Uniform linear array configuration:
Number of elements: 16
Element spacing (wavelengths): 0.5
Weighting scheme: kaiser
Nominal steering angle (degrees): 15
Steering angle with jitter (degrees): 14.913
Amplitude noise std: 0.05
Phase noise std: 0.05

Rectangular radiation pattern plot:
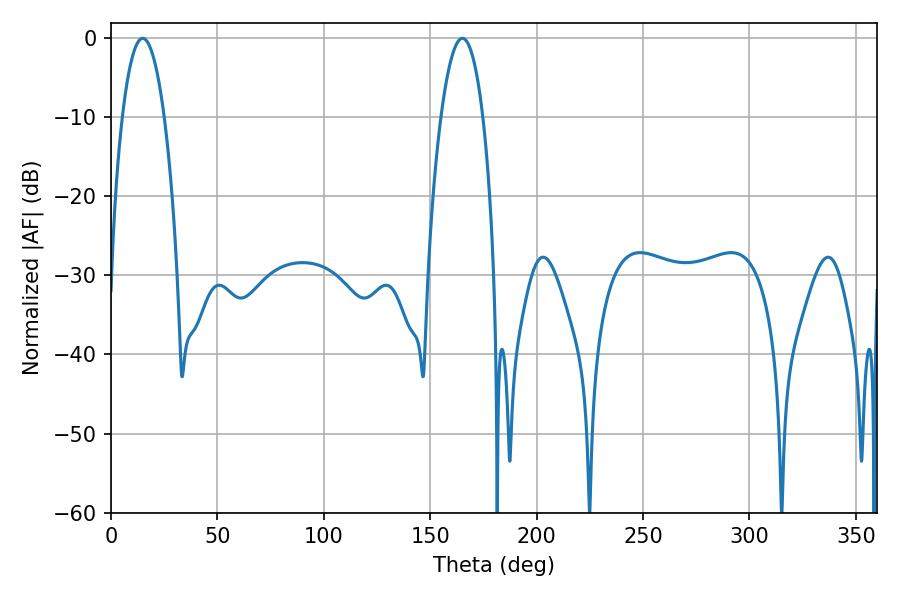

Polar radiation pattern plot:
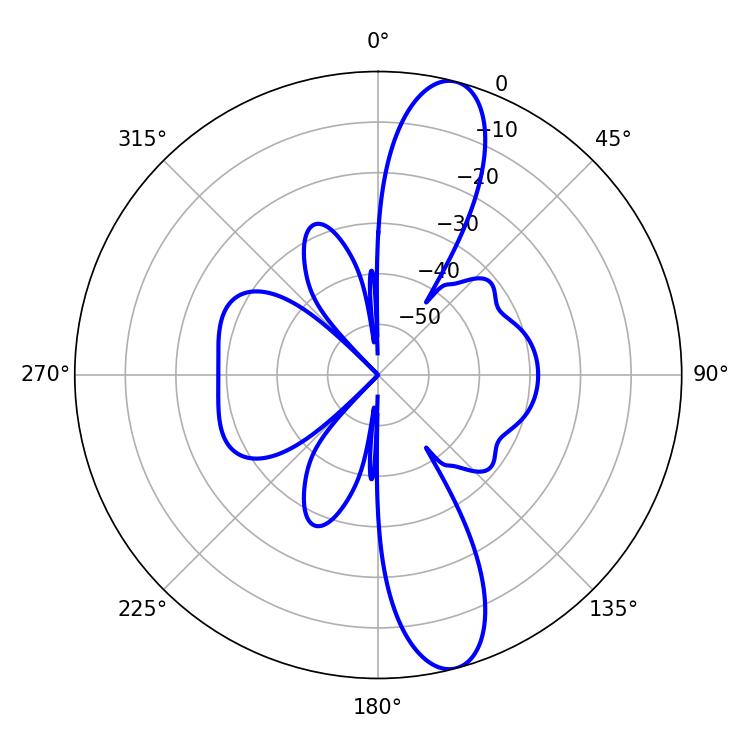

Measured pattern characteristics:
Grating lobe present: FALSE
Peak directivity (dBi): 12.818
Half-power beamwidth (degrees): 10.98
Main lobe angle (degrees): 14.94